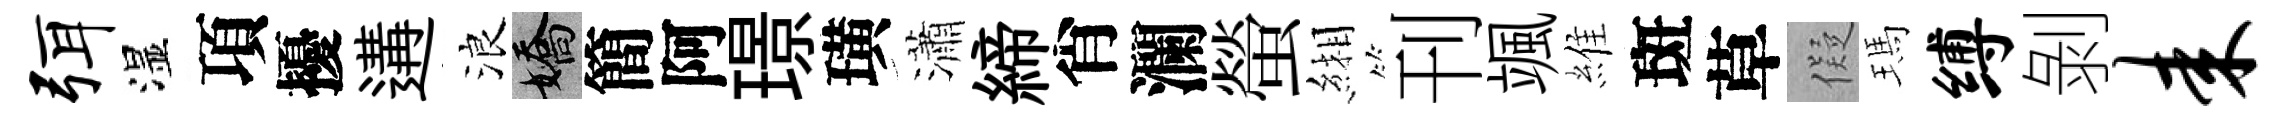
弭湿項擾遘浪嬌簡阿璟璜瀟締肖瀾螢緗刊颯維斑草儗瑪缚剝耒